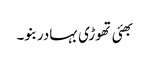
بھئی تھوڑی بہادر بنو۔